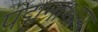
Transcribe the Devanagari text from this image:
पद्मनाभाय